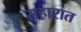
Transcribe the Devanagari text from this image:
सहारात